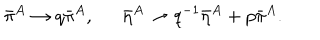
LaTeX: \bar { \pi } ^ { A } \rightarrow q \bar { \pi } ^ { A } , \hspace { 1 . 5 e m } \bar { \eta } ^ { A } \rightarrow q ^ { - 1 } \bar { \eta } ^ { A } + p \bar { \pi } ^ { A } .